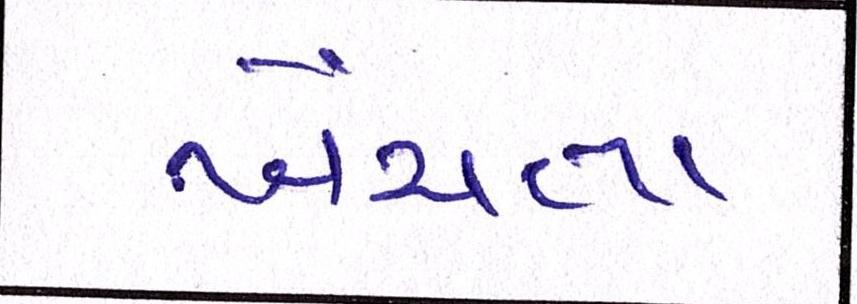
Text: ખેંચતા